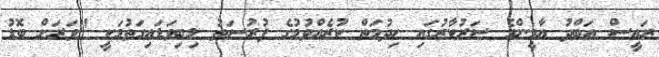
ރައީސް އަބްދު ޔާމީންގެ ސަރުކާރުގައި ހިދުމަތް ކުރެއްވުމުގެ ފުރުސަތު ލިބިވަޑައިގަތުމަކީ "ވަރަށް ބޮޑު